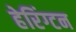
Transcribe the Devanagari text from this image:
हेरिंग्टन